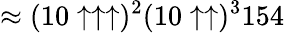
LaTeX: \approx(10\uparrow\uparrow\uparrow)^{2}(10\uparrow\uparrow)^{3}154